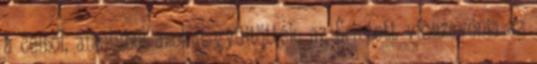
a célból, amelyből azokat gyűjtötték; az Érintett visszavonja az